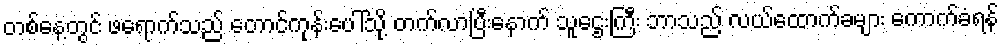
တစ်နေ့တွင် ဖရောက်သည် တောင်ကုန်းပေါ်သို့ တက်လာပြီးနောက် သူဌေးကြီး ဘာသည် လယ်ထောက်ခများ ကောက်ခံရန်